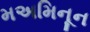
મઅમિનૂન